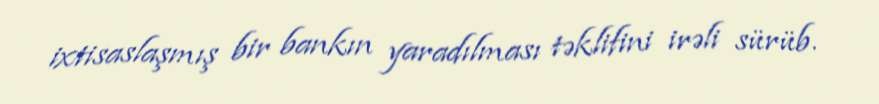
ixtisaslaşmış bir bankın yaradılması təklifini irəli sürüb.